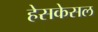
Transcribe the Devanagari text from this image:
हेसकेसल